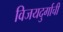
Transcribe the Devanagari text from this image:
विजयदुर्गाची